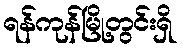
ရန်ကုန်မြို့တွင်းရှိ